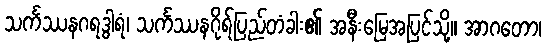
သင်္ကဿနဂရဒွါရံ၊ သင်္ကဿနဂိုရ်ပြည်တံခါး၏ အနီးမြေအပြင်သို့။ အာဂတော၊